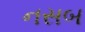
નસબ